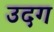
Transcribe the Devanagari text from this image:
उदग